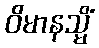
ဝိမာနသ္မိံ